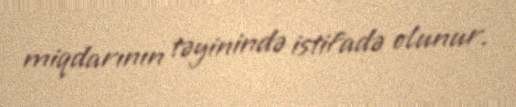
miqdarının təyinində istifadə olunur.